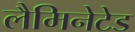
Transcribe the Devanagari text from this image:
लैमिनेटेड